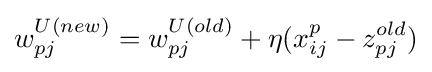
w_{pj}^{U(new)}=w_{pj}^{U(old)}+\eta (x_{ij}^{p}-z_{pj}^{old})